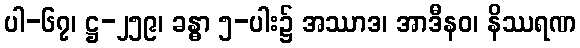
ပါ-၆၇၊ ဋ္ဌ-၂၅၉၊ ခန္ဓာ ၅-ပါး၌ အဿာဒ၊ အာဒီနဝ၊ နိဿရဏ